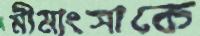
মীমাংসাকে